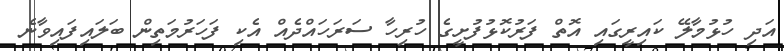
އަދި ހުޅުމާލޭ ކައިރީގައި އޮތް ފަރުކޮޅުފުށީގެ ހުރިހާ ސަރަހައްދެއް އެކި ފަހަރުމަތިން ބަލައިފައިވާނެ